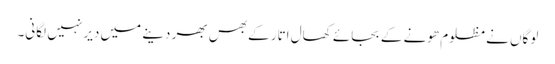
لوگاں نے مظلوم ھونے کے بجائے کھال اتار کے بھس بھر دینے میں دیر نہیں لگانی۔